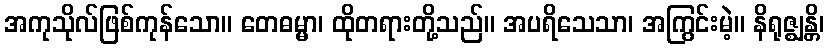
အကုသိုလ်ဖြစ်ကုန်သော။ တေဓမ္မာ၊ ထိုတရားတို့သည်။ အပရိသေသာ၊ အကြွင်းမဲ့။ နိရုဇ္ဈန္တိ၊